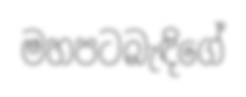
මහපටබැඳිගේ